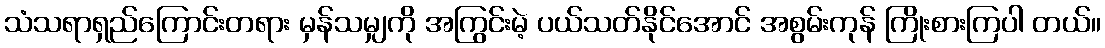
သံသရာရှည်ကြောင်းတရား မှန်သမျှကို အကြွင်းမဲ့ ပယ်သတ်နိုင်အောင် အစွမ်းကုန် ကြိုးစားကြပါ တယ်။